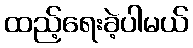
ထည့်ရေးခဲ့ပါမယ်